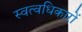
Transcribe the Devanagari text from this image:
स्वत्वधिकारों